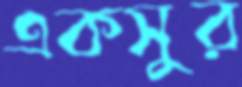
একসুর